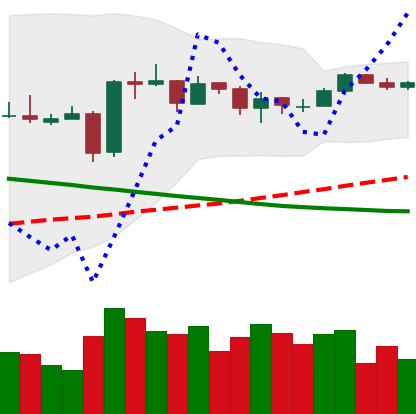
Ticker: EOS-USD
Chart end date: 2019-03-19
Forward return: -3.247%
Label: down_3_5